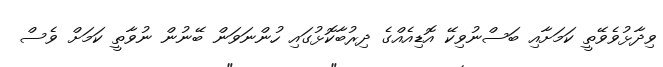
ވިދާޅުވެވޭތީ ކަމަށާއި ބަސްނުވިކޭ އޮޑިއެއްގެ ދިރުބާކޮޅުގައި ހުންނަވަން ބޭނުން ނުވާތީ ކަމަށް ވެސް